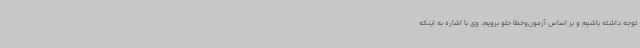
توجه داشته باشیم و بر اساس آزمون‌وخطا جلو برویم. وی با اشاره به اینکه